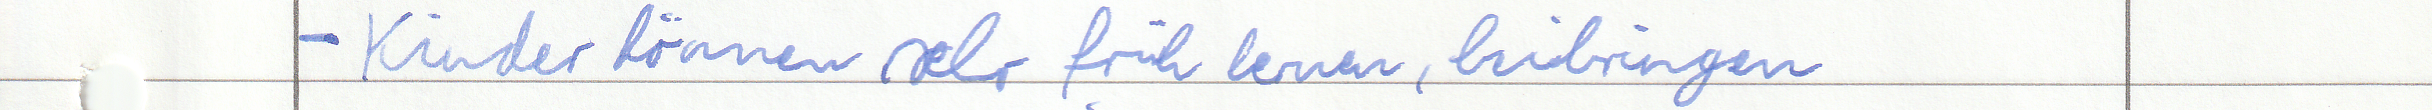
- Kinder können sehr früh lernen, beibringen